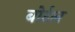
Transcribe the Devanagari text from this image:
बोर्टल